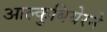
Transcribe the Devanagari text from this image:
आल्कुबियेरने